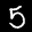
Label: 5